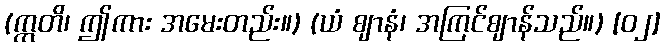
(ဣတိ၊ ဤကား အမေးတည်း။) (ယံ ဈာနံ၊ အကြင်ဈာန်သည်။) [၀၂]